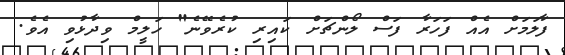
ފާލަމަށް އެއް ފަހަރާ ފަސް ލޯންޗަށް ކައިރި ކުރެވޭނެ" ހަލީމް ވިދާޅުވި އެވެ.